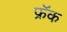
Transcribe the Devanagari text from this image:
फ्रॅक